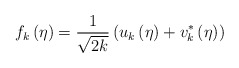
\begin{align*}f_{k}\left( \eta \right) =\frac{1}{\sqrt{2k}}\left( u_{k}\left( \eta \right)+v_{k}^{\ast }\left( \eta \right) \right)\end{align*}